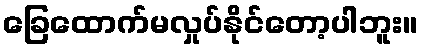
ခြေထောက်မလှုပ်နိုင်တော့ပါဘူး။